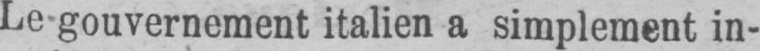
Le gouvernement italien a simplement in-